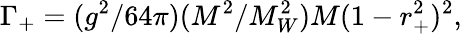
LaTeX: \Gamma_{+}=(g^{2}/64\pi)(M^{2}/M_{W}^{2})M(1-r_{+}^{2})^{2},